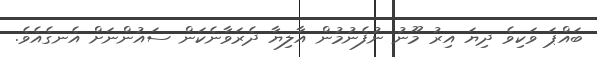
ބައްޕަ ވަކިވެ ދިޔަ އިރު މޫނު ނުފެނުމުން އާލިޔާ ދެރަވާނެކަން ސައުންނަށް އެނގެއެވެ.